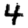
Digit: 4